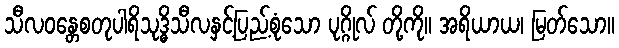
သီလဝန္တေစတုပါရိသုဒ္ဓိသီလနှင့်ပြည့်စုံသော ပုဂ္ဂိုလ် တို့ကို။ အရိယာယ၊ မြတ်သော။